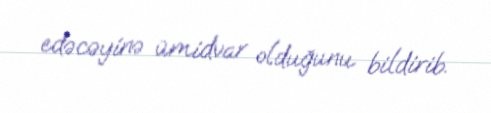
edəcəyinə ümidvar olduğunu bildirib.